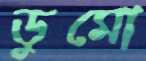
ডুমো